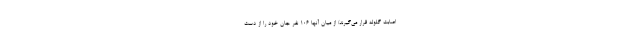
اصابت گلوله قرار می‌گیرند/ از میان آنها ۱۰۶ نفر جان خود را از دست